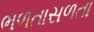
ભળતાસળતા